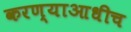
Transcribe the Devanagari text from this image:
करण्याआधीच